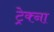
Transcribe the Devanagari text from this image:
ट्रेक्ना